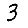
Digit: 3